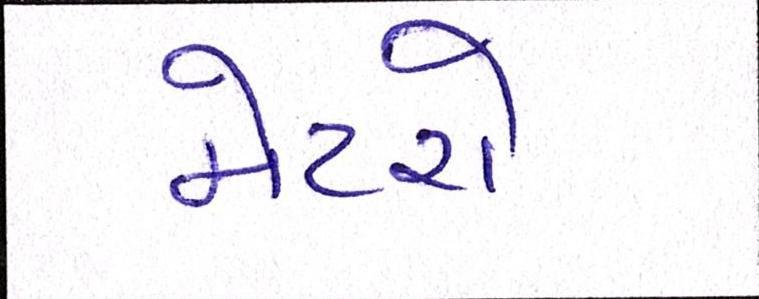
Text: મેટરો